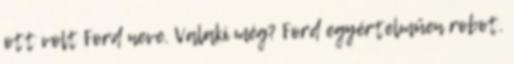
ott volt Ford neve. Valaki még? Ford egyértelműen robot.